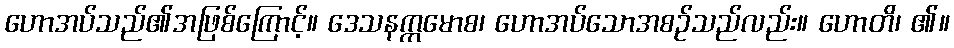
ဟောအပ်သည်၏အဖြစ်ကြောင့်။ ဒေသနက္ကမောစ၊ ဟောအပ်သောအစဉ်သည်လည်း။ ဟောတိ၊ ၏။